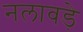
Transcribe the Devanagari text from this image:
नलावडे़